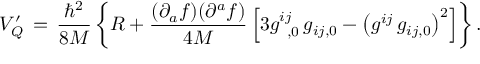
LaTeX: V _ { Q } ^ { \prime } \, = \, \frac { { \hbar } ^ { 2 } } { 8 M } \left\{ R + \frac { ( \partial _ { a } f ) ( \partial ^ { a } f ) } { 4 M } \left[ 3 g _ { \phantom { 0 } , 0 } ^ { i j } \, g _ { i j , 0 } - { \left( g ^ { i j } \, g _ { i j , 0 } \right) } ^ { 2 } \right] \right\} .